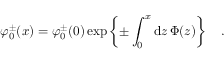
\varphi _ { 0 } ^ { \pm } ( x ) = \varphi _ { 0 } ^ { \pm } ( 0 ) \exp \left\{ \pm \int _ { 0 } ^ { x } \mathrm { d } z \, \Phi ( z ) \right\} \quad .